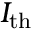
I _ { \mathrm { t h } }